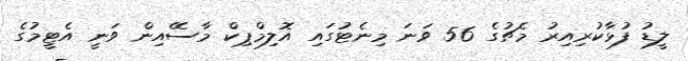
ލީޑު ފުޅާކުރިއިރު މެޗުގެ 56 ވަނަ މިނެޓުގައި އޮލިމްޕިކް މާސޭއިން ވަނީ އެޓީމުގެ